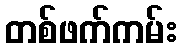
တစ်ဖက်ကမ်း